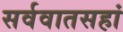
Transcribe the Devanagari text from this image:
सर्ववातसहां